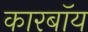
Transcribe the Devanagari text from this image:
कारबॉय